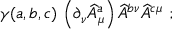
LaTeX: \gamma ( a , b , c ) \, \left( \partial _ { \nu } \widehat { A } _ { \mu } ^ { a } \right) \widehat { A } ^ { b \nu } \widehat { A } ^ { c \mu } \ ;